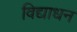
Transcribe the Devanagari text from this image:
विद्याधन